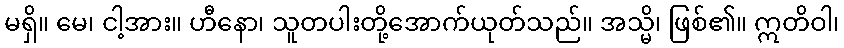
မရှိ။ မေ၊ ငါ့အား။ ဟီနော၊ သူတပါးတို့အောက်ယုတ်သည်။ အသ္မိ၊ ဖြစ်၏။ ဣတိဝါ၊